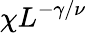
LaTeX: \chi L^{-\gamma/\nu}